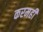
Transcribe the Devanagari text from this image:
करमहीं